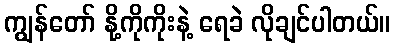
ကျွန်တော် နို့ကိုကိုးနဲ့ ရေခဲ လိုချင်ပါတယ်။